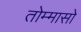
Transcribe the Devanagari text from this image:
तोम्मासो